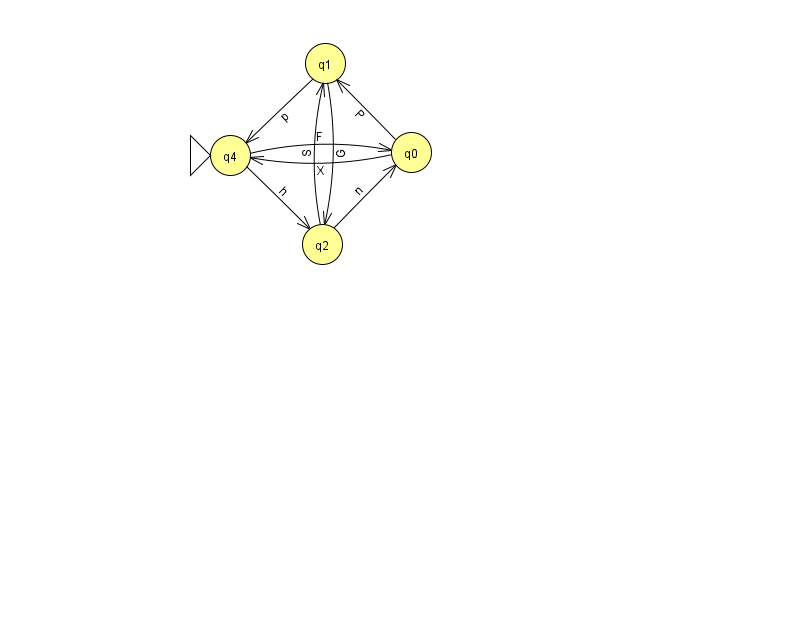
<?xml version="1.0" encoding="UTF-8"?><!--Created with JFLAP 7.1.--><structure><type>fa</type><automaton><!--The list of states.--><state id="0" name="q0"><x>411.0</x><y>139.0</y></state><state id="1" name="q1"><x>325.0</x><y>50.0</y></state><state id="2" name="q2"><x>322.0</x><y>231.0</y></state><state id="4" name="q4"><x>230.0</x><y>142.0</y><initial/></state><!--The list of transitions.--><transition><from>0</from><to>4</to><read>X</read></transition><transition><from>0</from><to>1</to><read>P</read></transition><transition><from>2</from><to>0</to><read>n</read></transition><transition><from>4</from><to>2</to><read>h</read></transition><transition><from>1</from><to>2</to><read>G</read></transition><transition><from>4</from><to>0</to><read>F</read></transition><transition><from>2</from><to>1</to><read>S</read></transition><transition><from>1</from><to>4</to><read>p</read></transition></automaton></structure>